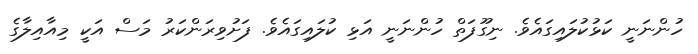
ހުންނަނީ ކަޅުކުލައިގައެވެ. ނިގޫފަތް ހުންނަނީ އަޅި ކުލައިގައެވެ. ފަށުވިރަންކަރު މަސް އަކީ މިއާއިލާގެ